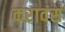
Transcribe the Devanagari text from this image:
करावंसं